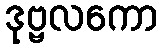
ဒုဗ္ဗလကော